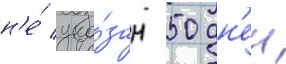
н'е́ ука́зан 50 дн'еи